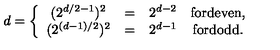
d = \left\{ \begin{array} { c c c c } { ( 2 ^ { d / 2 - 1 } ) ^ { 2 } } & { = } & { 2 ^ { d - 2 } } & { \mathrm { f o r d e v e n , } } \\ { ( 2 ^ { ( d - 1 ) / 2 } ) ^ { 2 } } & { = } & { 2 ^ { d - 1 } } & { \mathrm { f o r d o d d } . } \\ \end{array} \right.